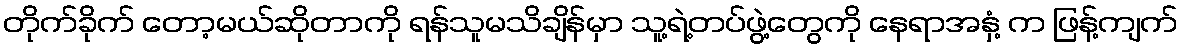
တိုက်ခိုက် တော့မယ်ဆိုတာကို ရန်သူမသိချိန်မှာ သူ့ရဲ့တပ်ဖွဲ့တွေကို နေရာအနှံ့ က ဖြန့်ကျက်